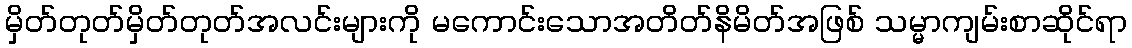
မှိတ်တုတ်မှိတ်တုတ်အလင်းများကို မကောင်းသောအတိတ်နိမိတ်အဖြစ် သမ္မာကျမ်းစာဆိုင်ရာ